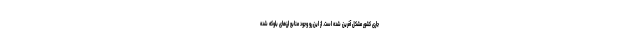
جاری کشور مشکل آفرین شده است. از این رو وجود منابع ارزهای بلوکه شده